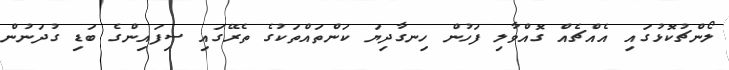
ލޯންޗުކޮޅުގައި އެއްޗެއް ގޮއްވާލި ފަހުން ހިނގާދިޔަ ކަންތައްތަކުގެ ތެރޭގައި ސިފައިންގެ ބަޑި ގުދަނުން